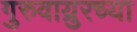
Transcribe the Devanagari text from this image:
गुरुवाय्रुरच्या